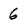
Character: 6